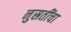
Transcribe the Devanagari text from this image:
नुस्रतींचा